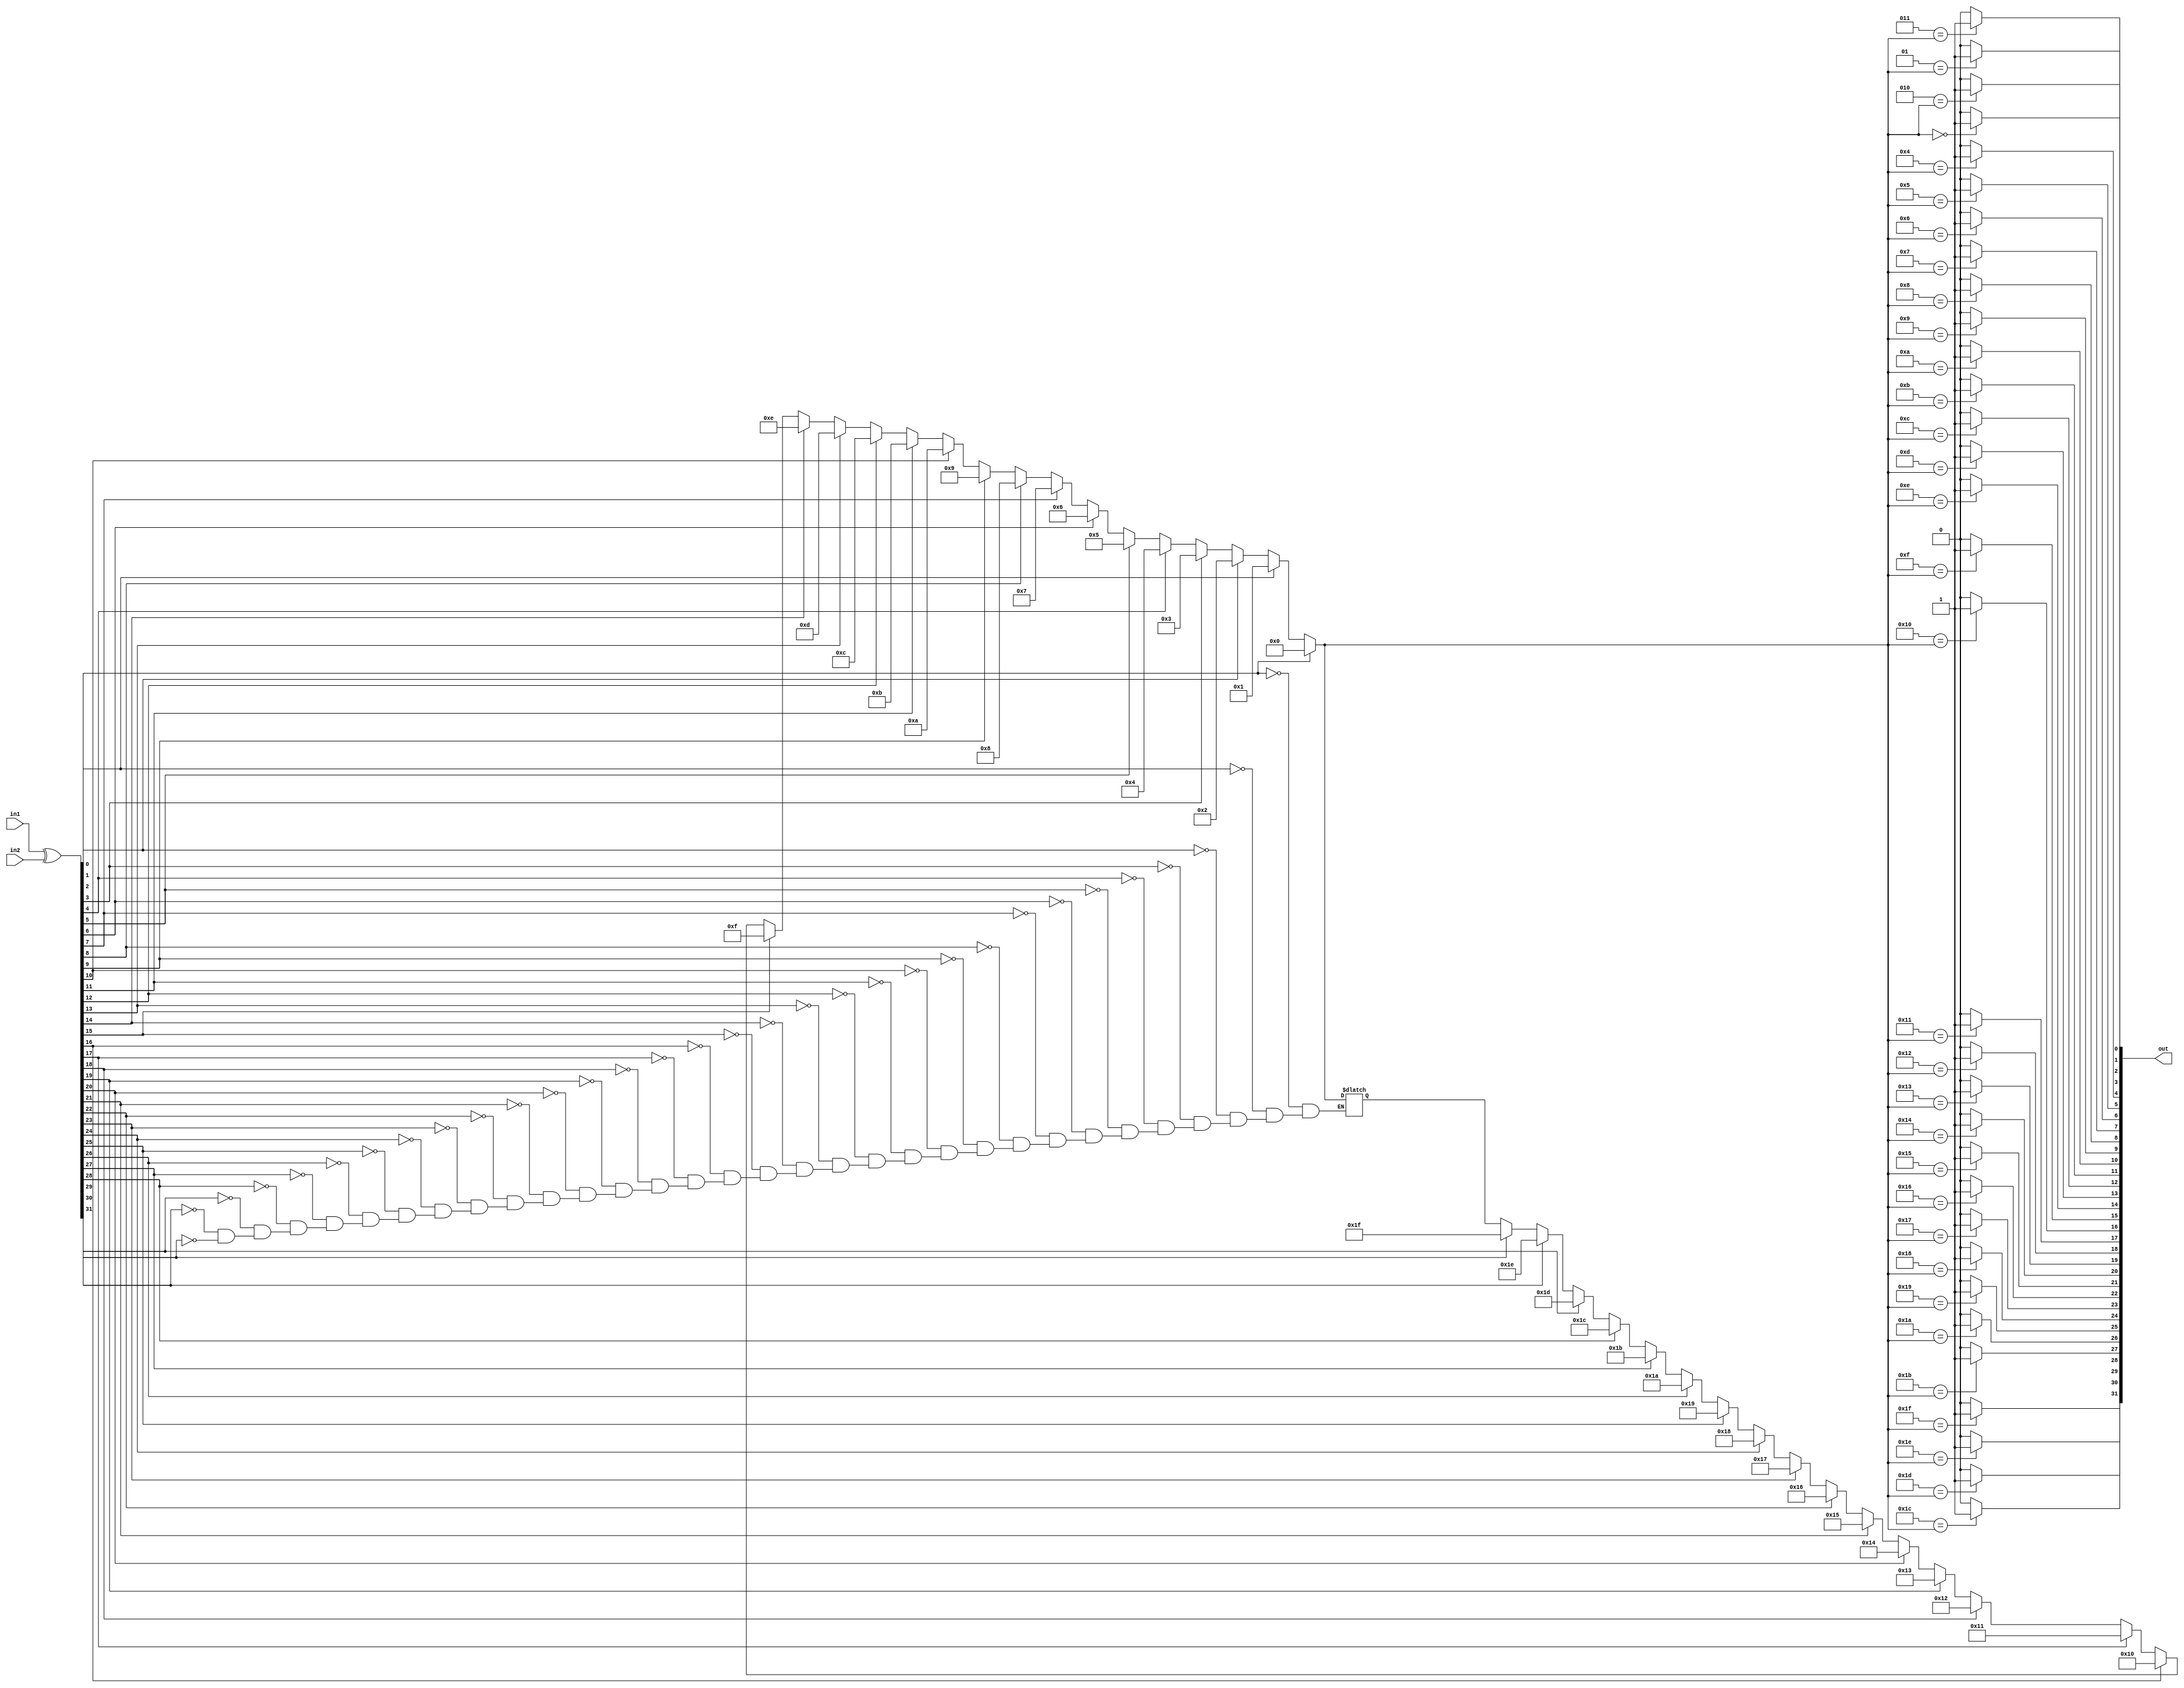
`timescale 1ns / 1ps
//////////////////////////////////////////////////////////////////////////////////
// Company: 
// Engineer: 
// 
// Design Name: 
// Module Name:    diff 
// Project Name: 
// Target Devices: 
// Tool versions: 
// Description: 
//
// Dependencies: 
//
// Revision: 
// Revision 0.01 - File Created
// Additional Comments: 
//
//////////////////////////////////////////////////////////////////////////////////
module diff(
	input [31:0] in1,
					in2,
	output reg [31:0] out
    );

	wire [31:0] temp_xor;
	integer i, temp_i;
	assign temp_xor = in1 ^ in2;

	always @(*) begin
		for (i = 31; i >= 0; i=i-1) begin
			if (temp_xor[i]) begin
				temp_i = i;
			end
		end

		for (i = 0; i < 32; i=i+1) begin
			if (i == temp_i) out[i] = 1'b1;
			else out[i] = 1'b0;
		end
	end

endmodule